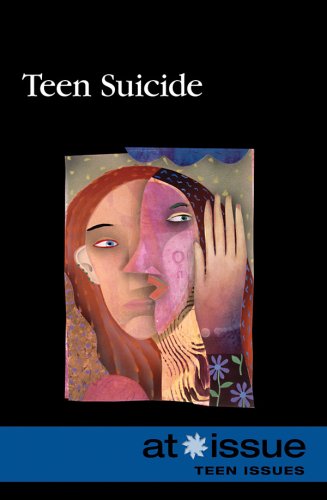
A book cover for Teen Suicide (At Issue Series); Teen & Young Adult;